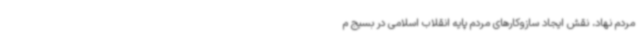
مردم نهاد، نقش ایجاد سازوکارهای مردم پایه انقلاب اسلامی در بسیج م